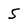
Character: 5